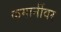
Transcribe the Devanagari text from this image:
कमानींवर